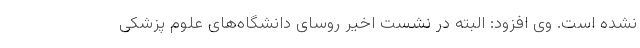
نشده است. وی افزود: البته در نشست اخیر روسای دانشگاه‌های علوم پزشکی